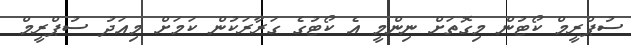
ސުޕްރީމް ކޯޓުން މިގޮތަށް ނިންމީ އެ ކޯޓުގެ ގަރާރަކުން ކަމަށް މިއަދު ސުޕްރީމް